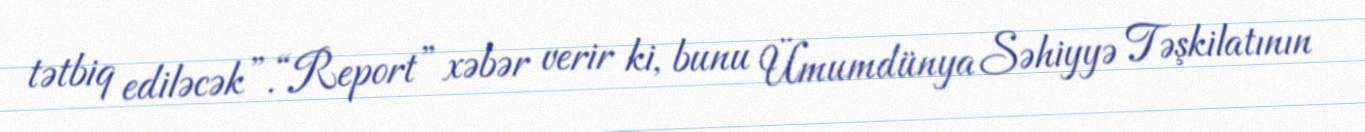
tətbiq ediləcək”.“Report” xəbər verir ki, bunu Ümumdünya Səhiyyə Təşkilatının